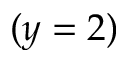
( y = 2 )